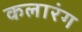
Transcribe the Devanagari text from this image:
कलारंग